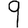
Digit: 9